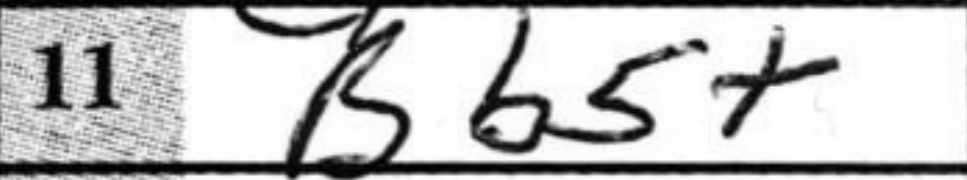
Transcription: Bb5+